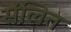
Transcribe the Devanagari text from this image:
संलित